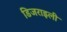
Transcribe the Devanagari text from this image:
डिजराइली